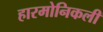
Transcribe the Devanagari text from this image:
हारमोनिकली